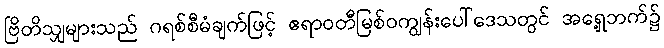
ဗြိတိသျှများသည် ဂရစ်စီမံချက်ဖြင့် ဧရာဝတီမြစ်ဝကျွန်းပေါ်ဒေသတွင် အရှေ့ဘက်၌